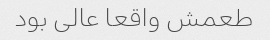
طعمش واقعا عالی بود